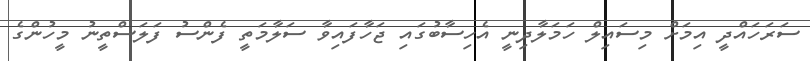
ސަރަހައްދީ އިމަށް މިސައިލް ހަމަލާދިނީ އެހިސާބުގައި ޖަހާފައިވާ ސަލާމަތީ ފެންސު ފަލަސްތީނު މީހުންގެ